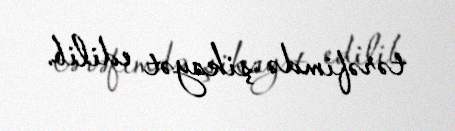
tərəfimdə şikayət edilib.